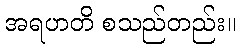
အရဟတိ စသည်တည်း။